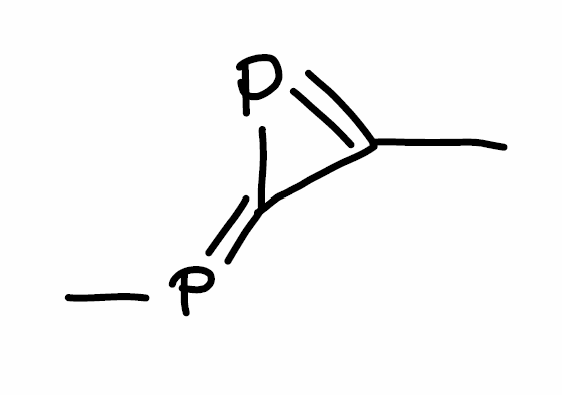
Simplified molecular-input line-entry system (SMILES) notation of the given molecule:
CC1=PC1=PC